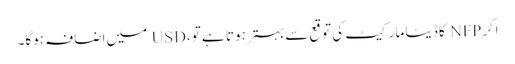
اگر NFP کا ڈیٹا مارکیٹ کی توقع سے بہتر ہوتا ہے تو، USD میں اضافہ ہوگا۔